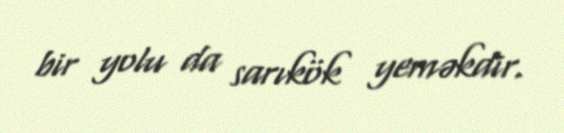
bir yolu da sarıkök yeməkdir.